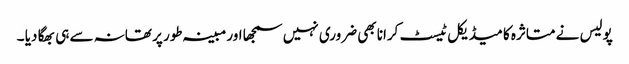
پولیس نے متاثرہ کا میڈیکل ٹیسٹ کرانا بھی ضروری نہیں سمجھا اور مبینہ طور پر تھانہ سے ہی بھگا دیا ۔